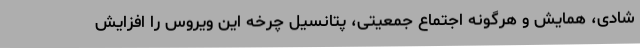
شادی، همایش و هرگونه اجتماع جمعیتی، پتانسیل چرخه این ویروس را افزایش